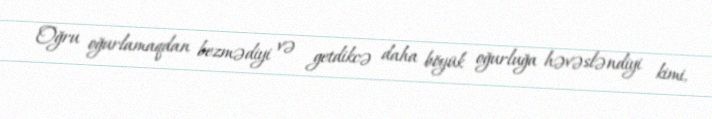
Oğru oğurlamaqdan bezmədiyi və getdikcə daha böyük oğurluğa həvəsləndiyi kimi,